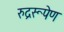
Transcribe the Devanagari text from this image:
रुद्ररूपेण